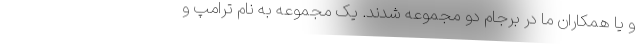
و یا همکاران ما در برجام دو مجموعه شدند. یک مجموعه به نام ترامپ و